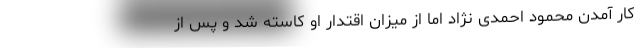
کار آمدن محمود احمدی نژاد اما از میزان اقتدار او کاسته شد و پس از